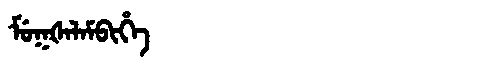
Manchu: ᠮᡠᡴᡧᠠᠯᠠᠮᠪᡳᡥᡝ
Romanization: MUKŠALAMBIHE